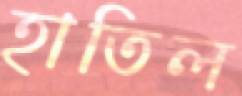
হাতিল